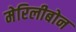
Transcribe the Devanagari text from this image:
मेरिलीबोन